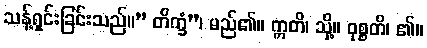
သန့်ရှင်းခြင်းသည်။” တိက္ခံ”၊ မည်၏။ ဣတိ၊ သို့။ ဝုစ္စတိ၊ ၏။